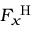
F _ { x } ^ { \mathrm { ~ H ~ } }